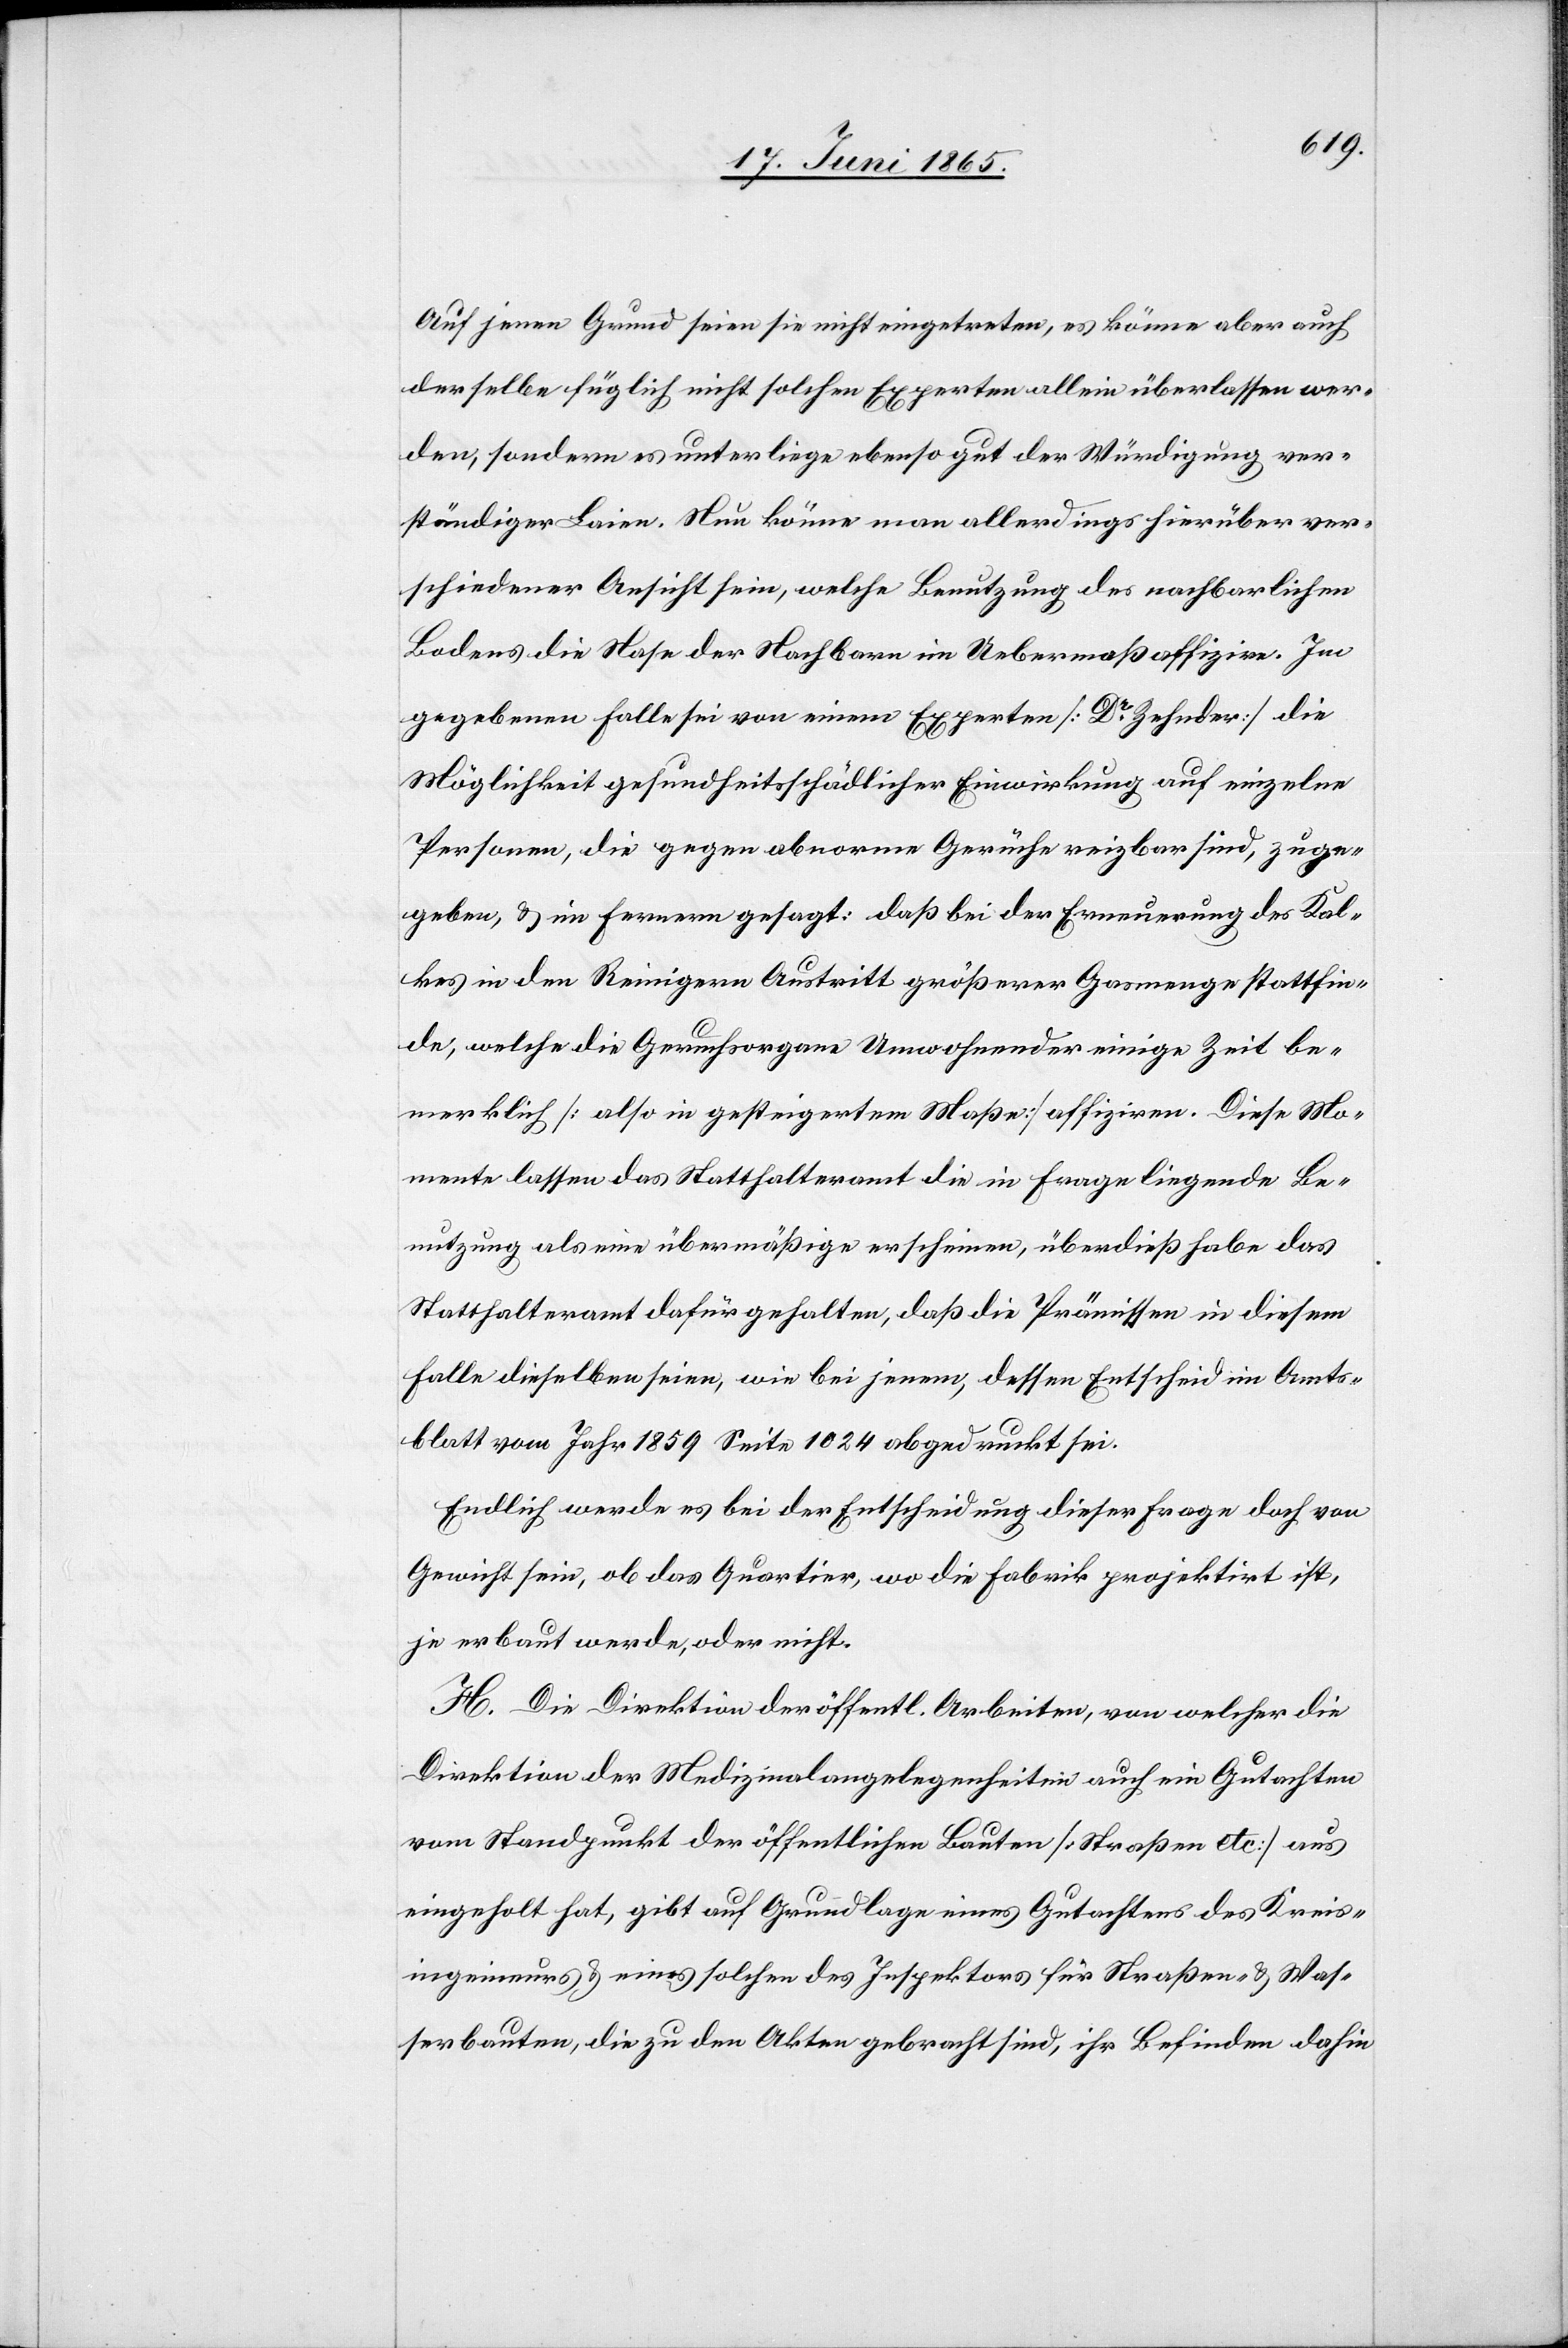
Auf jenen Grund seien sie nicht eingetreten, es könne aber auch
derselbe füglich nicht solchen Experten allein überlassen wer¬
den, sondern es unterliege ebenso gut der Würdigung ver¬
ständiger Laien. Nun könne man allerdings hierüber ver¬
schiedener Ansicht sein, welche Benutzung des nachbarlichen
Bodens die Nase der Nachbarn im Uebermaß affizire. Im
gegebenen Falle sei von einem Experten [Dr Zehnder] die
Möglichkeit gesundheitsschädlicher Einwirkung auf einzelne
Personen, die gegen abnorme Gerüche reizbar sind, zuge¬
geben, & im Fernern gesagt: Daß bei der Erneuerung des Kal¬
kes in den Reinigern Austritt größerer Gasmenge stattfin¬
de, welche die Geruchsorgane Umwohnender einige Zeit be¬
merklich [also in gesteigertem Maße] affiziren. Diese Mo¬
mente lassen das Statthalteramt die in Frage liegende Be¬
nutzung als eine übermäßige erscheinen, überdieß habe das
Statthalteramt dafür gehalten, daß die Prämissen in diesem
Falle dieselben seien, wie bei jenen, dessen Entscheid im Amts¬
blatt vom Jahr 1859 Seite 1024 abgedruckt sei.
Endlich werde es bei der Entscheidung dieser Frage doch von
Gewicht sein, ob das Quartier, wo die Fabrik projektirt ist,
je erbaut werde, oder nicht.
H. Die Direktion der öffentl. Arbeiten, von welcher die
Direktion der Medizinalangelegenheiten auch ein Gutachten
vom Standpunkt der öffentlichen Bauten [Straße etc] aus
eingeholt hat, gibt auf Grundlage eines Gutachtens des Kreis¬
ingenieurs & eines solchen des Inspektors für Straßen- & Was¬
serbauten, die zu den Akten gebracht sind, ihr Befinden dahin